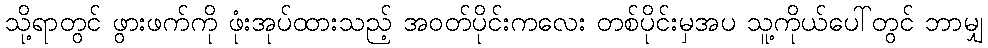
သို့ရာတွင် ဖွားဖက်ကို ဖုံးအုပ်ထားသည့် အဝတ်ပိုင်းကလေး တစ်ပိုင်းမှအပ သူ့ကိုယ်ပေါ်တွင် ဘာမျှ